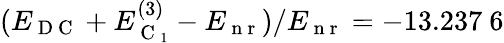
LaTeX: (E_{\mathrm{~D~C~}}+E_{\mathrm{~C~}_{1}}^{(3)}-E_{\mathrm{~n~r~}})/E_{\mathrm{~n~r~}}=-13.237\ 6